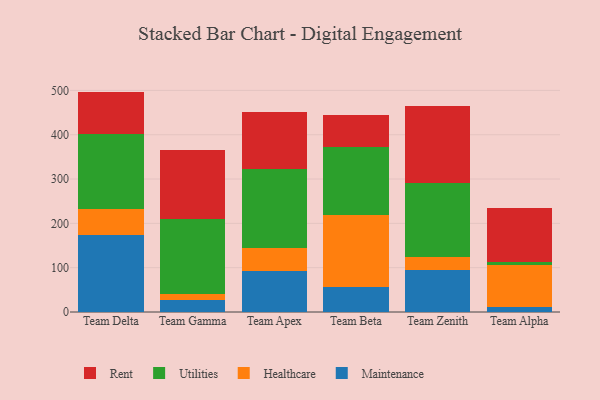
{"axis": {"x": "Team", "y": "Headcount"}, "legend": ["Healthcare", "Maintenance", "Rent", "Utilities"], "data": [{"x": "Team Delta", "y": 174.4, "type": "Maintenance"}, {"x": "Team Delta", "y": 58.2, "type": "Healthcare"}, {"x": "Team Delta", "y": 170.0, "type": "Utilities"}, {"x": "Team Delta", "y": 94.7, "type": "Rent"}, {"x": "Team Gamma", "y": 27.2, "type": "Maintenance"}, {"x": "Team Gamma", "y": 13.8, "type": "Healthcare"}, {"x": "Team Gamma", "y": 169.7, "type": "Utilities"}, {"x": "Team Gamma", "y": 154.1, "type": "Rent"}, {"x": "Team Apex", "y": 92.9, "type": "Maintenance"}, {"x": "Team Apex", "y": 51.4, "type": "Healthcare"}, {"x": "Team Apex", "y": 178.7, "type": "Utilities"}, {"x": "Team Apex", "y": 127.8, "type": "Rent"}, {"x": "Team Beta", "y": 56.1, "type": "Maintenance"}, {"x": "Team Beta", "y": 162.0, "type": "Healthcare"}, {"x": "Team Beta", "y": 153.5, "type": "Utilities"}, {"x": "Team Beta", "y": 73.3, "type": "Rent"}, {"x": "Team Zenith", "y": 95.5, "type": "Maintenance"}, {"x": "Team Zenith", "y": 29.4, "type": "Healthcare"}, {"x": "Team Zenith", "y": 167.1, "type": "Utilities"}, {"x": "Team Zenith", "y": 172.9, "type": "Rent"}, {"x": "Team Alpha", "y": 10.7, "type": "Maintenance"}, {"x": "Team Alpha", "y": 95.2, "type": "Healthcare"}, {"x": "Team Alpha", "y": 6.0, "type": "Utilities"}, {"x": "Team Alpha", "y": 122.6, "type": "Rent"}]}